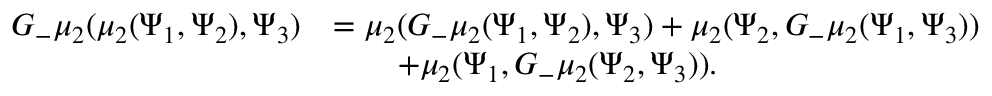
\begin{array} { r l } { G _ { - } \mu _ { 2 } ( \mu _ { 2 } ( \Psi _ { 1 } , \Psi _ { 2 } ) , \Psi _ { 3 } ) } & { = \mu _ { 2 } ( G _ { - } \mu _ { 2 } ( \Psi _ { 1 } , \Psi _ { 2 } ) , \Psi _ { 3 } ) + \mu _ { 2 } ( \Psi _ { 2 } , G _ { - } \mu _ { 2 } ( \Psi _ { 1 } , \Psi _ { 3 } ) ) } \\ & { \qquad + \mu _ { 2 } ( \Psi _ { 1 } , G _ { - } \mu _ { 2 } ( \Psi _ { 2 } , \Psi _ { 3 } ) ) . } \end{array}